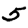
Digit: 5